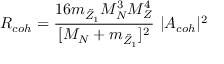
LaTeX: R _ { c o h } = { \frac { 1 6 m _ { \tilde { Z } _ { 1 } } M _ { N } ^ { 3 } M _ { Z } ^ { 4 } } { [ M _ { N } + m _ { \tilde { Z } _ { 1 } } ] ^ { 2 } } } ~ \vert A _ { c o h } \vert ^ { 2 }